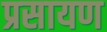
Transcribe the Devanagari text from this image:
प्रसायण